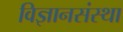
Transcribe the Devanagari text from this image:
विज्ञानसंस्था